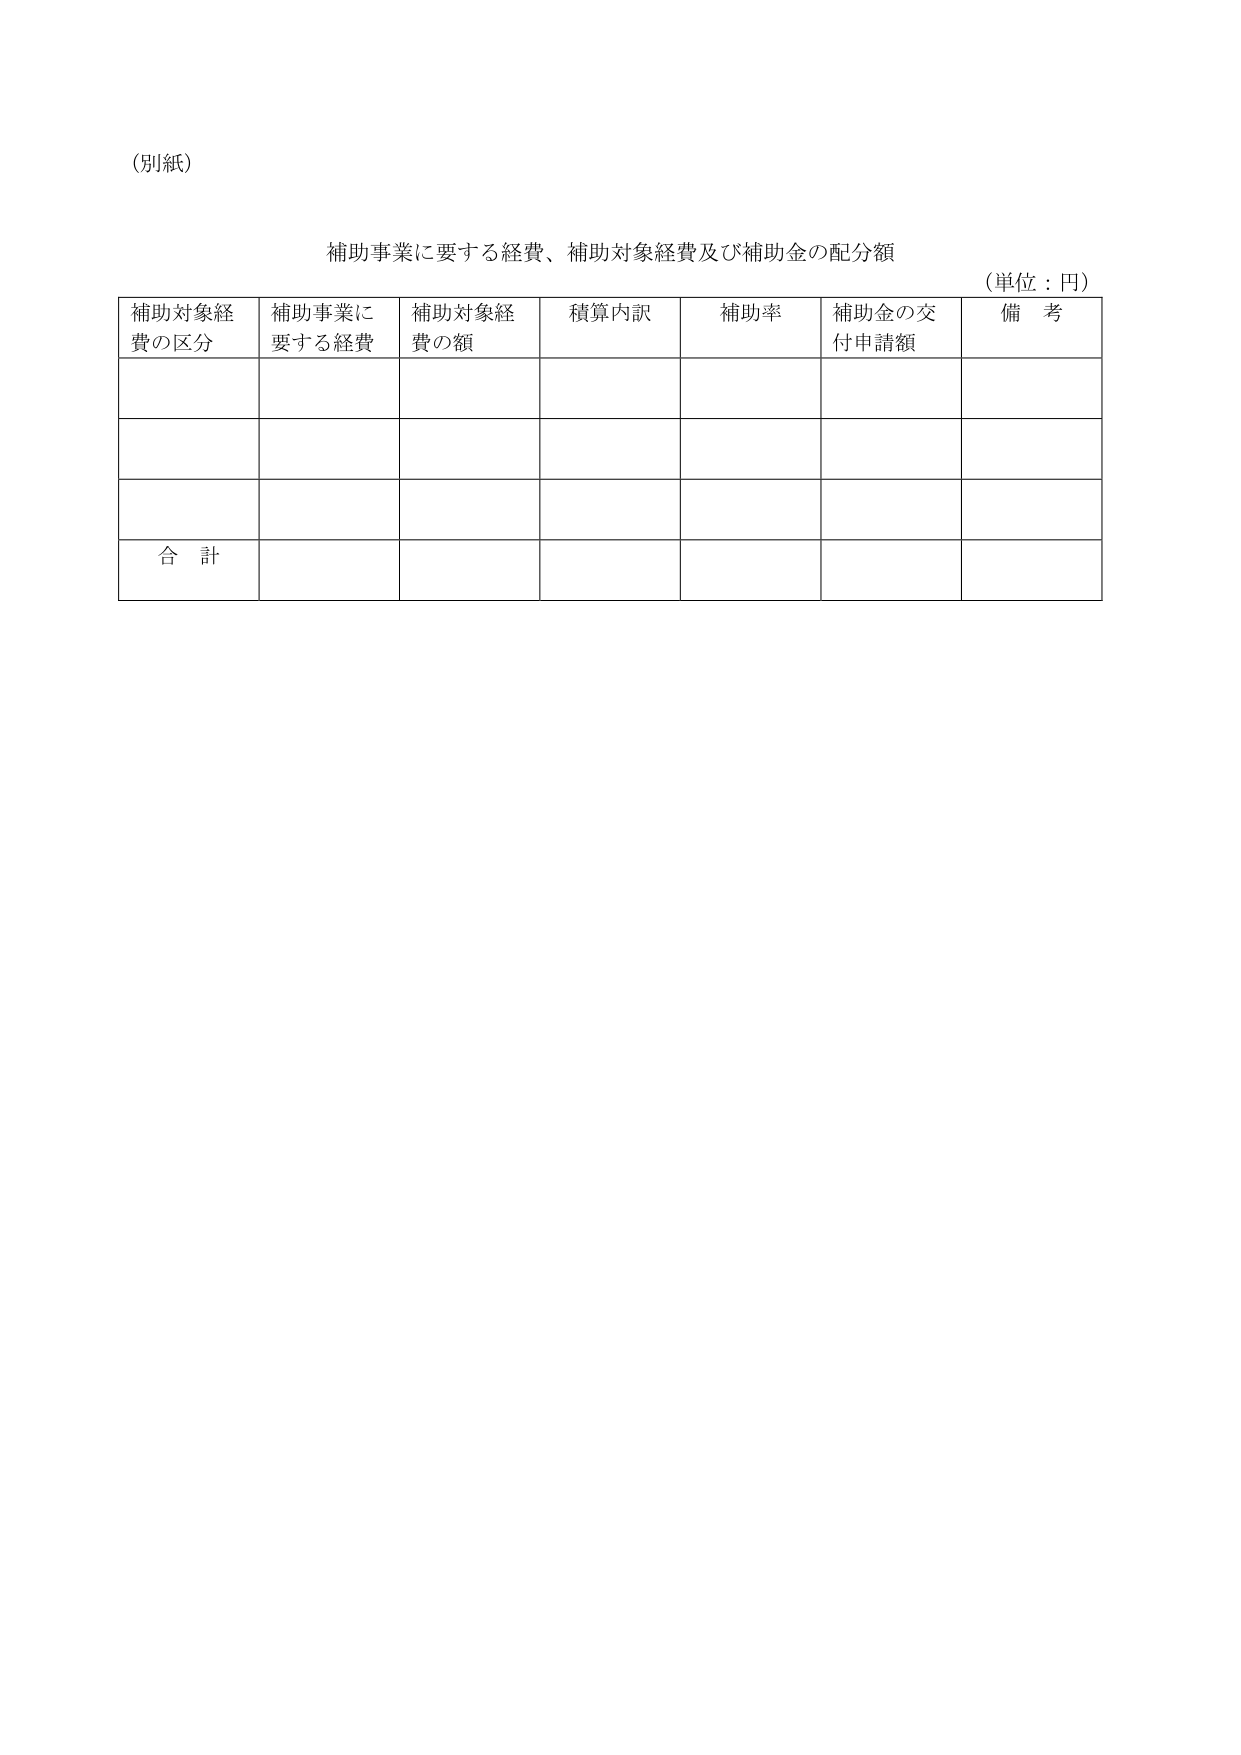
(別紙)

補助事業に要する経費、補助対象経費及び補助金の配分額
(単位：円)

補助対象経費の区分　補助事業に要する経費　補助対象経費の額　積算内訳　補助率　補助金の交付申請額　備考

合計